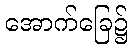
အောက်ခြေ၌